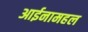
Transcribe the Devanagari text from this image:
आईनामहल